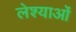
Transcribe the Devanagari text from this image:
लेश्याओं